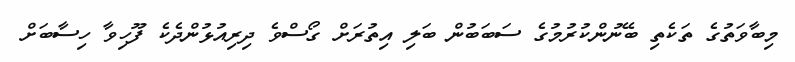
މިބާވަތުގެ ތަކެތި ބޭނުންކުރުމުގެ ސަބަބުން ބަލި އިތުރަށް ގޯސްވެ ދިރިއުޅުންދެކެ ފޫހިވާ ހިސާބަށް